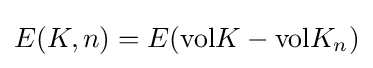
E(K,n)=E(\mathrm {vol} K-\mathrm {vol} K_{n})